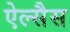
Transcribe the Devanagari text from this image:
ऐल्सैस